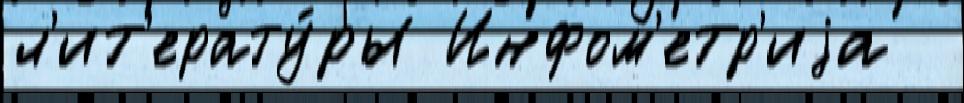
л'ит'ерату́ры Инфом'етр'иjа